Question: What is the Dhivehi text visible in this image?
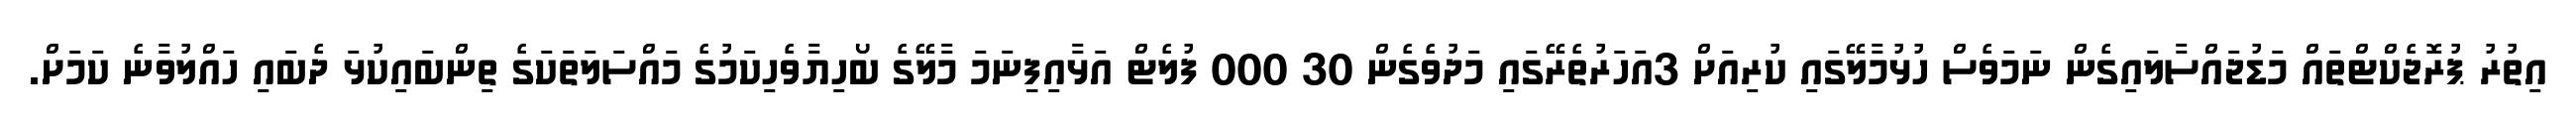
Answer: އިތުރު ޕުރޮޖެކްޓްތައް މަޑުޖައްސާލައިގެން ނަމަވެސް ހުޅުމާލޭގައި ކުރިއަށް 3އަހަރުތެރޭގައި މަދުވެގެން 30 000 ފުލެޓް އަޅާއިފިިނަމަ މާލޭގެ ބޯހިޔާވެހިކަމުގެ މައްސަލަތަކަގެ ތިންބައިކުޅަ ދެބައި ހައްލުވާނެ ކަމަށް.